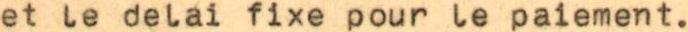
et le delai fixe pour le paiement.